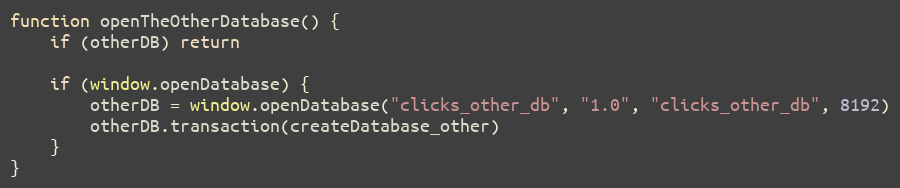
Language: JavaScript
function openTheOtherDatabase() {
    if (otherDB) return

    if (window.openDatabase) {
        otherDB = window.openDatabase("clicks_other_db", "1.0", "clicks_other_db", 8192)
        otherDB.transaction(createDatabase_other)
    }
}